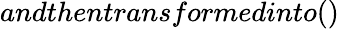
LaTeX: andthentransformedinto()